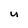
Character: u